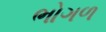
ભોગળ